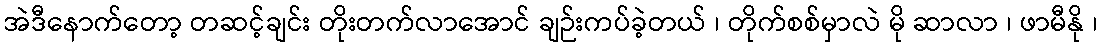
အဲဒီနောက်တော့ တဆင့်ချင်း တိုးတက်လာအောင် ချဉ်းကပ်ခဲ့တယ် ၊ တိုက်စစ်မှာလဲ မို ဆာလာ ၊ ဖာမီနို ၊